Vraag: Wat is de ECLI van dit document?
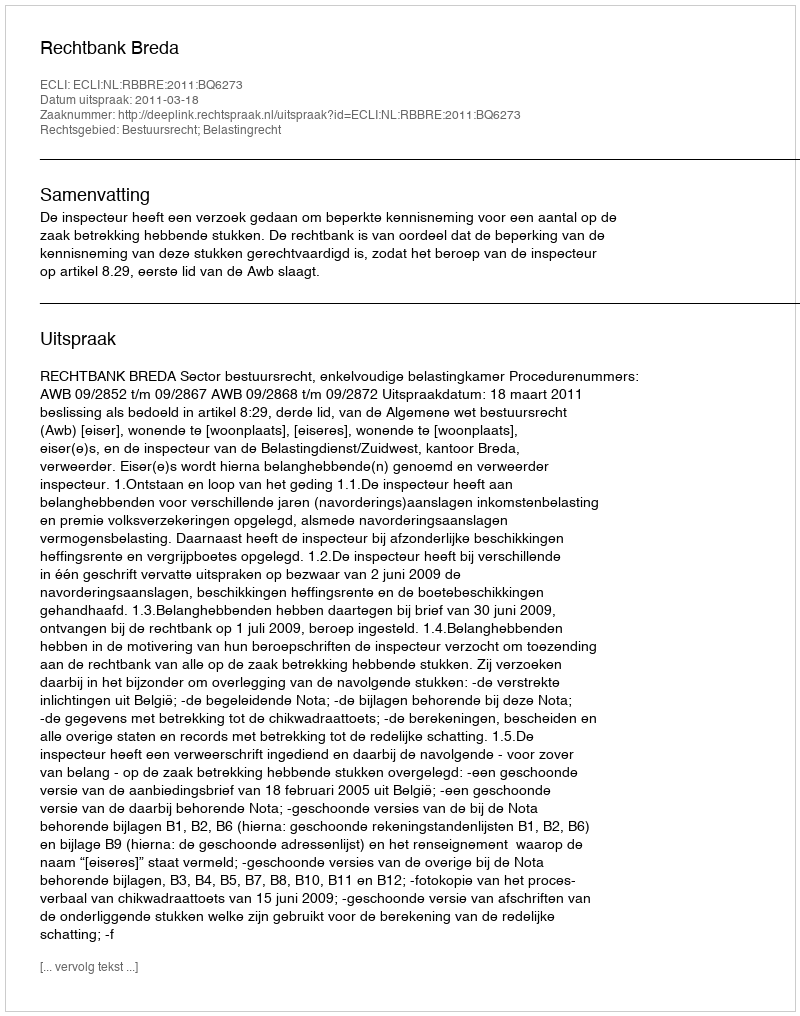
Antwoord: ECLI:NL:RBBRE:2011:BQ6273